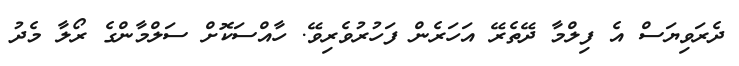
ދެރަވިޔަސް އެ ފިލްމާ ދޭތެރޭ އަހަރެން ފަހުރުވެރިވޭ. ހާއްސަކޮށް ސަލްމާންގެ ރޯލާ މެދު